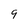
Character: 9